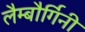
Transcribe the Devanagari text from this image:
लैम्बौर्गिनी